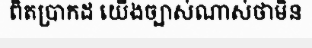
ពិតប្រាកដ យើងច្បាស់ណាស់ថាមិន